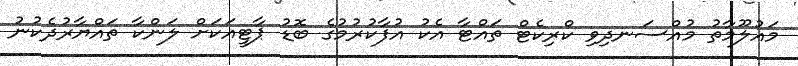
މައުލޫމާތު މުއްސަނދިވި ކްރިކެޓް ތައްޓާ އެކު އުފާކުރުމުގެ ބޮޑު ޕާޓީއަކަށް ލަންކާ ތައްޔާރުދެކުނު